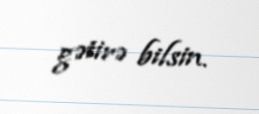
gətirə bilsin.